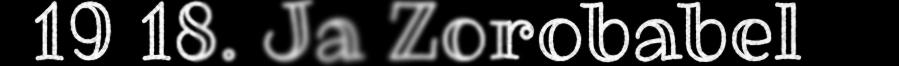
19 18. Ja Zorobabel